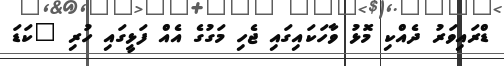
ޑްރައިވަރު ދެއްކި މޮޅު ވާހަކައިގައި ޖެހި މަގުގެ އެއް ފަޅީގައި ހުރި "ކަޑަ